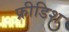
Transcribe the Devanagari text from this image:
फ्रीडिश